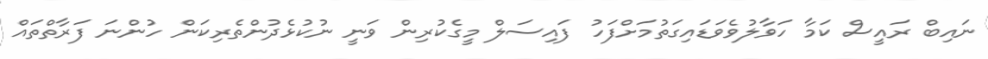
ނައިބް ރައީސް ކަމާ ހަވާލުވެވަޑައިގަތުމަށްފަހު ފައިސަލް މީގެކުރިން ވަނީ ނުކުޅެދުންތެރިކަން ހުންނަ ފަރާތްތައް